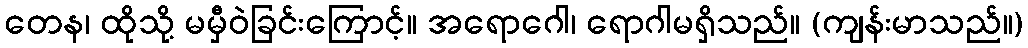
တေန၊ ထိုသို့ မမှီဝဲခြင်းကြောင့်။ အရောဂေါ၊ ရောဂါမရှိသည်။ (ကျန်းမာသည်။)